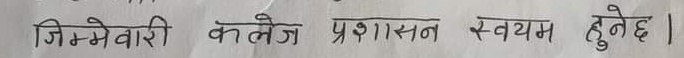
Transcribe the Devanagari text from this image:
जिम्मेवारी कलेज प्रशासन स्वयम हुनेछ ।